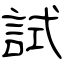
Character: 試